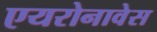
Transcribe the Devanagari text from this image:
एयरोनावेस